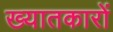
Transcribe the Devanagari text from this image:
ख्यातकारों